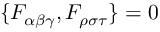
\{ F _ { \alpha \beta \gamma } , F _ { \rho \sigma \tau } \} = 0